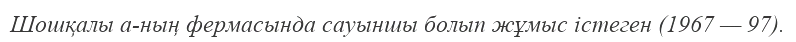
Шошқалы а-ның фермасында сауыншы болып жұмыс істеген (1967 — 97).